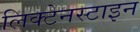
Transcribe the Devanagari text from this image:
लिक्टेनस्टाइन